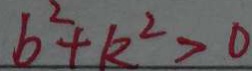
b ^ { 2 } + k ^ { 2 } > 0